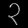
Digit: ၃